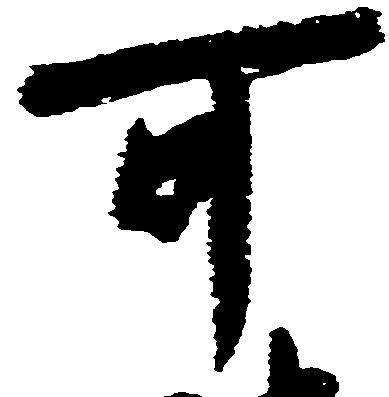
可